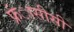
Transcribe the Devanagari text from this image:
फ्रंासीसी